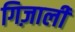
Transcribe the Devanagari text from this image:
गिज़ाली